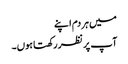
میں ہر دم اپنے
آپ پر نظر رکھتا ہوں۔